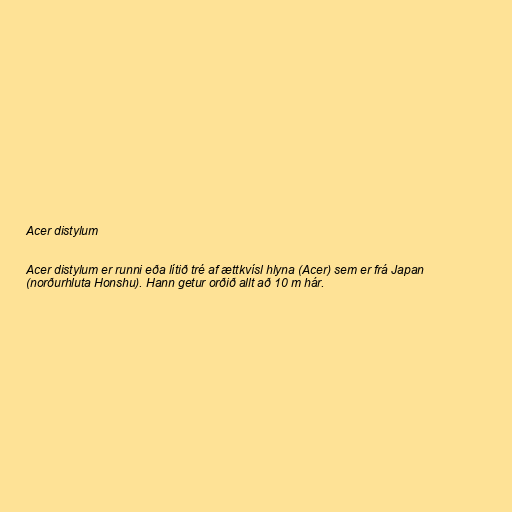
Acer distylum

Acer distylum er runni eða lítið tré af ættkvísl hlyna (Acer) sem er frá Japan
(norðurhluta Honshu). Hann getur orðið allt að 10 m hár.